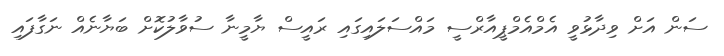
ސަން އަށް ވިދާޅުވީ އެމްއެމްޕީއާރްސީ މައްސަލައިގައި ރައީސް ޔާމީނާ ސުވާލުކޮށް ބަޔާނެއް ނަގާފައި